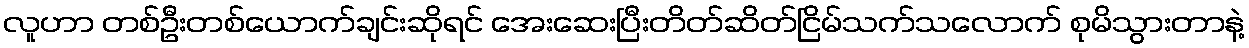
လူဟာ တစ်ဦးတစ်ယောက်ချင်းဆိုရင် အေးဆေးပြီးတိတ်ဆိတ်ငြိမ်သက်သလောက် စုမိသွားတာနဲ့